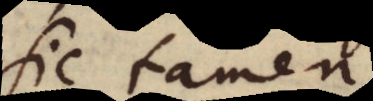
sic tamen